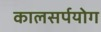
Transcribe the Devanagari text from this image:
कालसर्पयोग